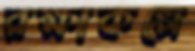
রক্ষাকল্পে